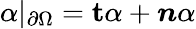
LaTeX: \alpha|_{\partial\Omega}=\textbf{t}\alpha+\boldsymbol{n}\alpha